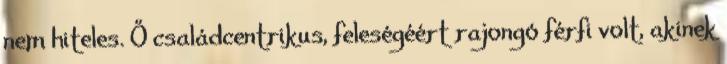
nem hiteles. Ő családcentrikus, feleségéért rajongó férfi volt, akinek